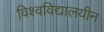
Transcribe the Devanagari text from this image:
विश्‍वविद्यालयीन